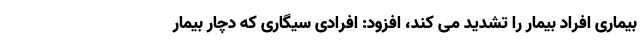
بیماری افراد بیمار را تشدید می کند، افزود: افرادی سیگاری که دچار بیمار